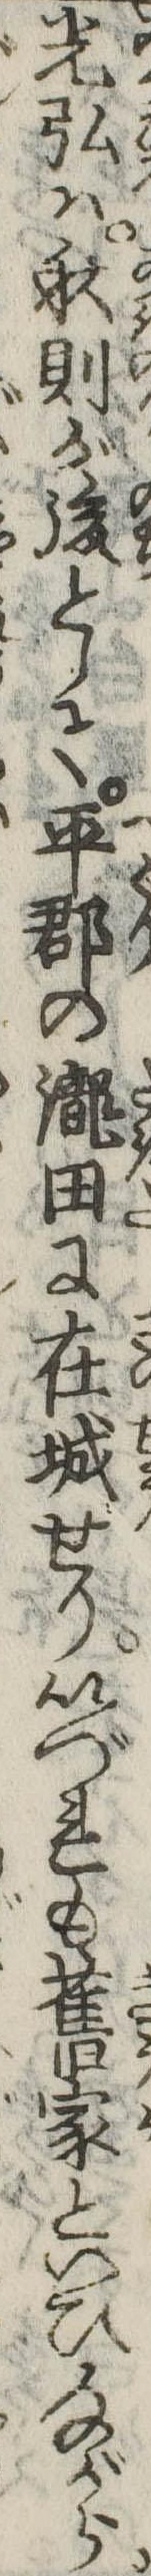
光弘は秋則が後として平郡の滝田に在城せりいづれも旧家といひながら